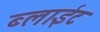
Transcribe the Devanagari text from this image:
ब्लाईट